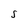
Character: S